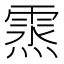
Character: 𩃯